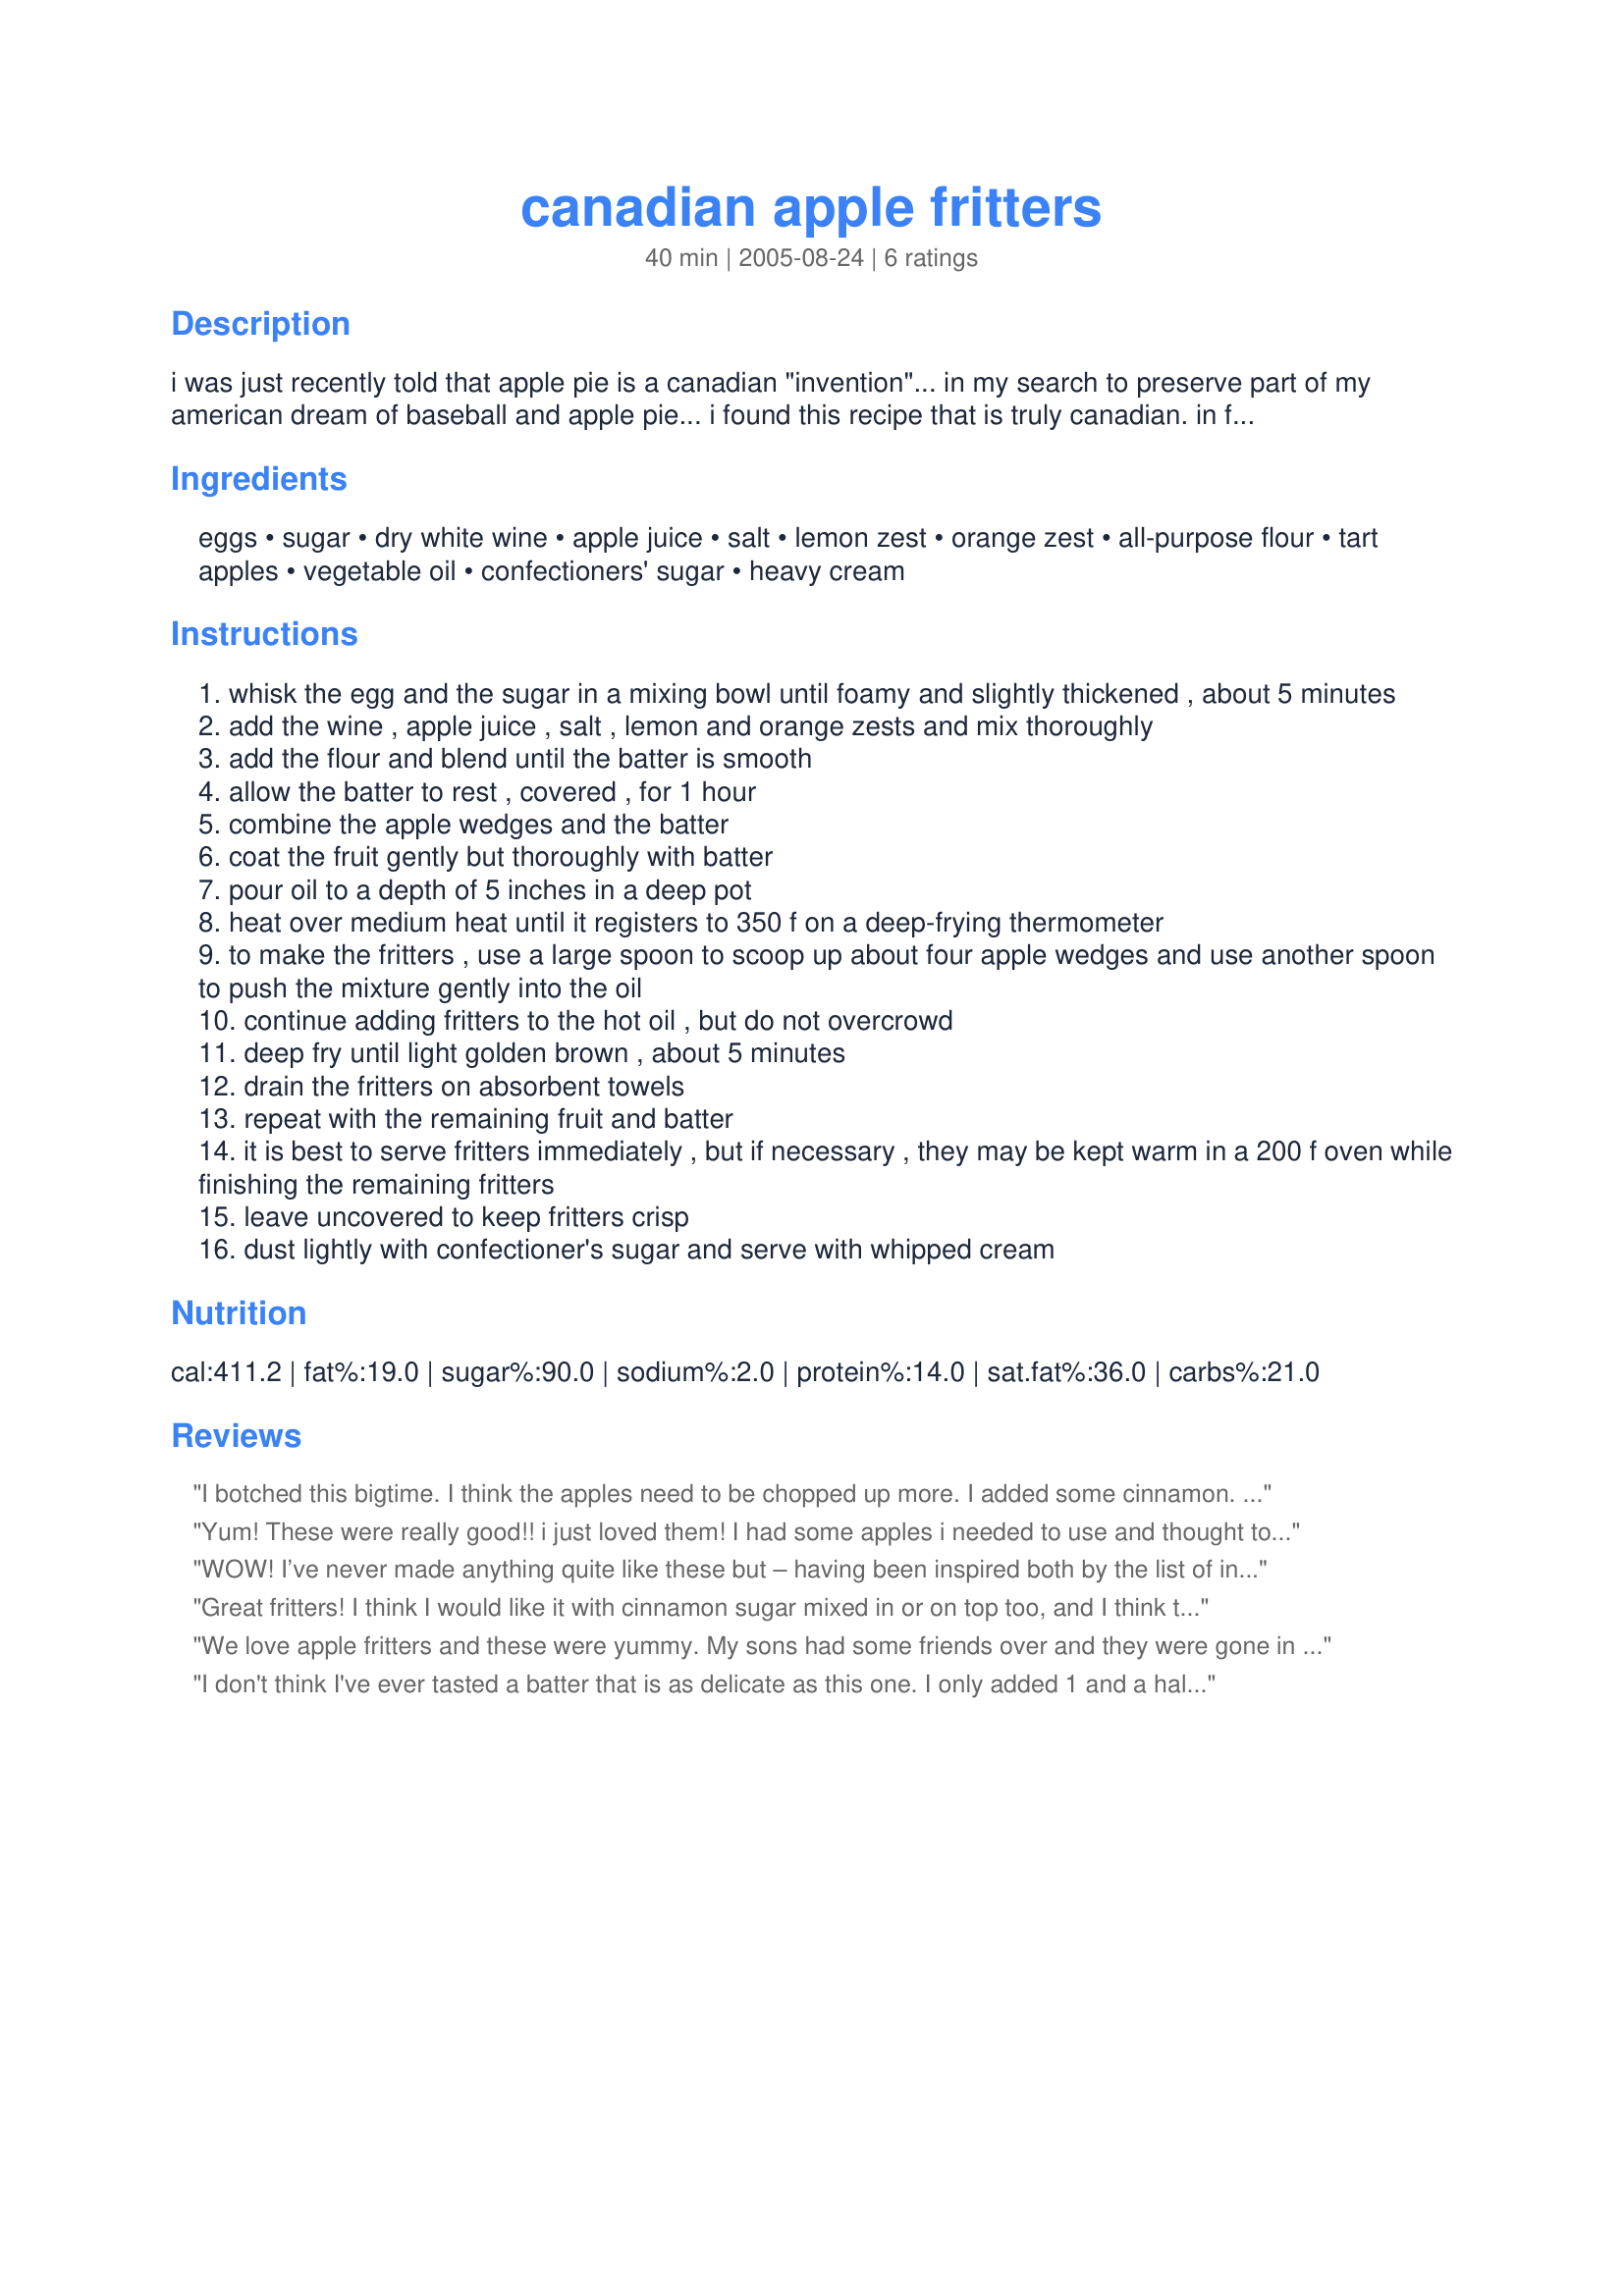
canadian apple fritters
Preparation time: 40 minutes

i was just recently told that apple pie is a canadian "invention"... in my search to preserve part of my american dream of baseball and apple pie... i found this recipe that is truly canadian. in fact, i can now live in denial as my search went no further than the fritter as i abandoned all research to whip these up... these are so delicious and so delicate - just in time for apple season too..... i raise my glass of fosters (australian for canadian beer) in thanks and gratitude!

Ingredients:
eggs, sugar, dry white wine, apple juice, salt, lemon zest, orange zest, all-purpose flour, tart apples, vegetable oil, confectioners' sugar, heavy cream

Steps:
whisk the egg and the sugar in a mixing bowl until foamy and slightly thickened , about 5 minutes
add the wine , apple juice , salt , lemon and orange zests and mix thoroughly
add the flour and blend until the batter is smooth
allow the batter to rest , covered , for 1 hour
combine the apple wedges and the batter
coat the fruit gently but thoroughly with batter
pour oil to a depth of 5 inches in a deep pot
heat over medium heat until it registers to 350 f on a deep-frying thermometer
to make the fritters , use a large spoon to scoop up about four apple wedges and use another spoon to push the mixture gently into the oil
continue adding fritters to the hot oil , but do not overcrowd
deep fry until light golden brown , about 5 minutes
drain the fritters on absorbent towels
repeat with the remaining fruit and batter
it is best to serve fritters immediately , but if necessary , they may be kept warm in a 200 f oven while finishing the remaining fritters
leave uncovered to keep fritters crisp
dust lightly with confectioner's sugar and serve with whipped cream

Reviews:
I botched this bigtime. I think the apples need to be chopped up more. I added some cinnamon. I see the potential in the recipe, tho. Sorry, Sistah.
Yum! These were really good!! i just loved them! I had some apples i needed to use and thought to use this recipe as it's different, i didn't want to make apple pie. They were light and fluffy to me and tasted like beignets with apples in them. Thanks!
WOW! I’ve never made anything quite like these but – having been inspired both by the list of ingredients and by Fairy Nuff’s photograph – then supported by such clear instructions, I was confident at all stages of making these. An elegant end result, quite modest fat content and just SO delicious – I always love citrus flavourings! This is a recipe I’ll be making again. Yet again, thank you for another fabulous recipe!
Great fritters! I think I would like it with cinnamon sugar mixed in or on top too, and I think the apples would be more tender if sliced in 16ths instead of 8ths, but delicious as is. We had leftovers, and put them in the oven the next morning. They were still yummy!
We love apple fritters and these were yummy. My sons had some friends over and they were gone in no time. Made for ZWT4 for the Tastebud Tickling Travellers.
I don't think I've ever tasted a batter that is as delicate as this one. I only added 1 and a half cups of flour to the egg mix....it looked quite thick then and I knew that after an hour it would be even thicker.
The fritters fried up perfectly...and they were so good....I wish I'd made more :)
Thanks for the recipe!!
